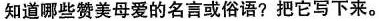
知道哪些赞美母爱的名言或俗语？把它写下来。